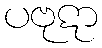
ပဗုဋာ